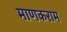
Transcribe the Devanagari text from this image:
माणकराम